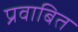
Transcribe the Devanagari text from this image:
प्रवाबित